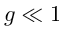
g \ll 1 \,